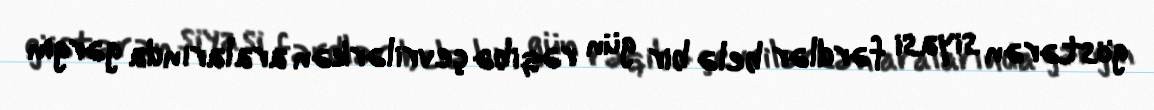
göstərən siyasi fərdlər belə bir gün rəqibə çevrilərkən aralarında gərgin